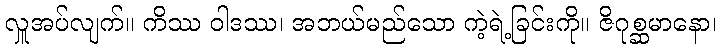
လှူအပ်လျက်။ ကိဿ ဝါဒဿ၊ အဘယ်မည်သော ကဲ့ရဲ့ခြင်းကို။ ဇိဂုစ္ဆမာနော၊